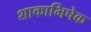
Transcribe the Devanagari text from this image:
शाकाभिषेक